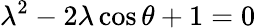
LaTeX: \lambda^{2}-2\lambda\cos\theta+1=0